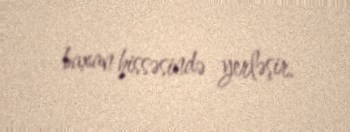
baxan hissəsində yerləşir.